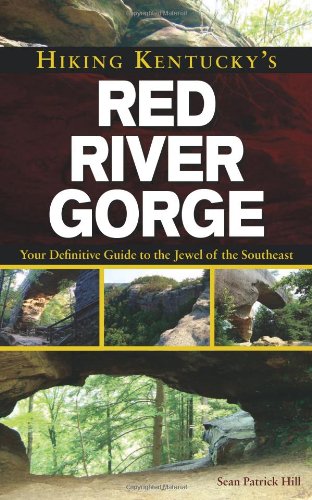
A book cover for Hiking Kentucky's Red River Gorge: Your Definitive Guide to the Jewel of the Southeast; Sean Patrick Hill; Health, Fitness & Dieting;